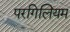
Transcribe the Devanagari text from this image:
परगिलियम